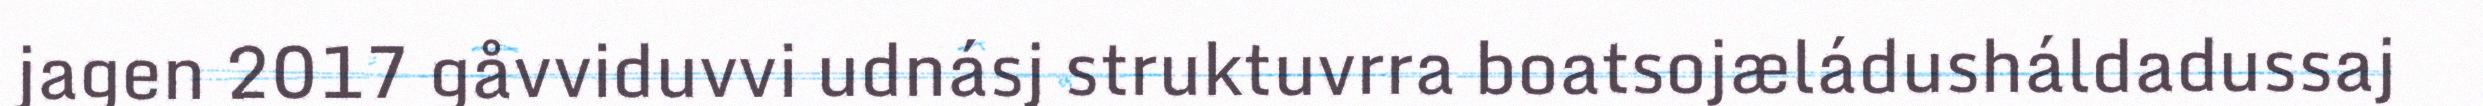
jagen 2017 gåvviduvvi udnásj struktuvrra boatsojæládusháldadussaj